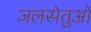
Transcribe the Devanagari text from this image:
जलसेतुओं